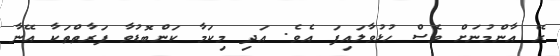
ރޭ އާންމުނަށް ވެސް ހުޅުވާލައިފަ އެވެ. އަދި މިކަމާ ކަންބޮޑުވާ ފަރާތްތަކާ އޭނާ